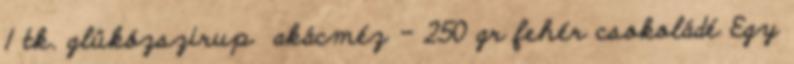
1 tk. glükózszirup akácméz - 250 gr fehér csokoládé Egy